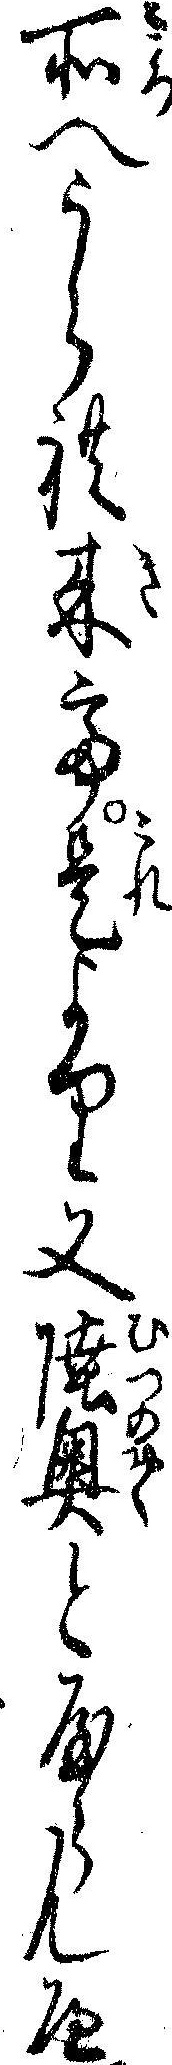
所へうられ来て是より又陸奥とやらんへ